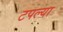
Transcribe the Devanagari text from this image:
टपल्या